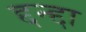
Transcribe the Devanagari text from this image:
द्दन्द्दा